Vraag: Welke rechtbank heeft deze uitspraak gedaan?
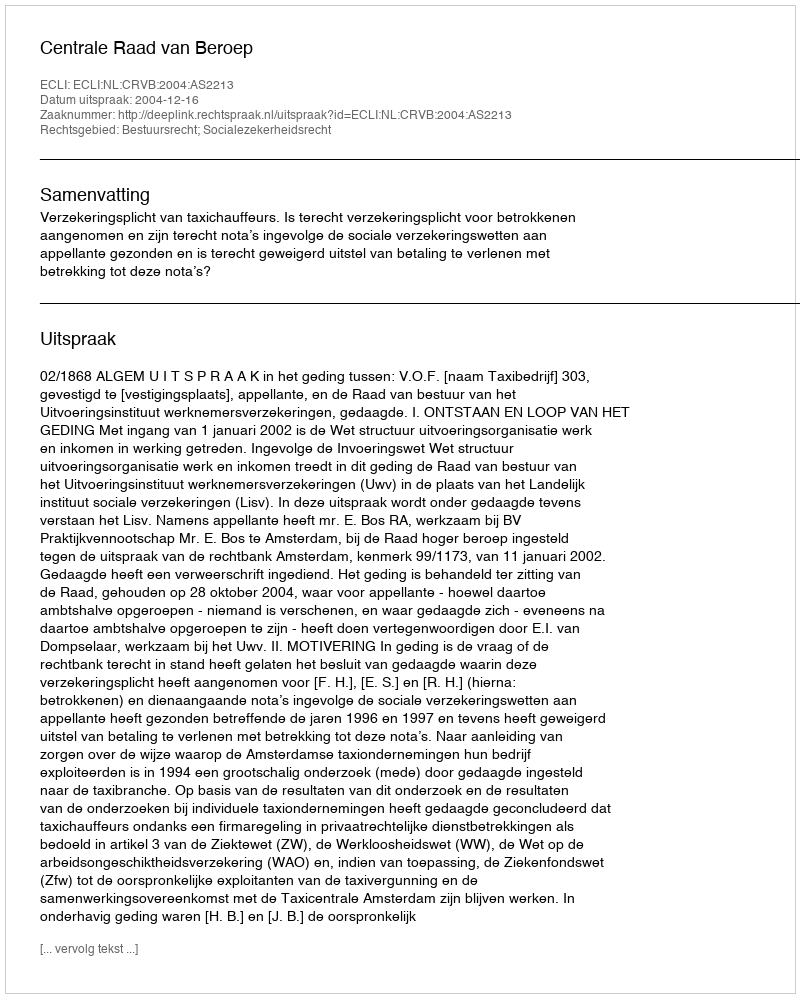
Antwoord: Centrale Raad van Beroep